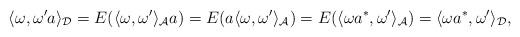
LaTeX: \begin{gather*}\langle\omega, \omega'a\rangle_{\mathcal D}=E(\langle\omega,\omega'\rangle_{\mathcal A} a)=E(a\langle\omega,\omega'\rangle_{\mathcal A})=E(\langle\omega a^*,\omega'\rangle_{\mathcal A})=\langle\omega a^*,\omega'\rangle_{\mathcal D},\end{gather*}